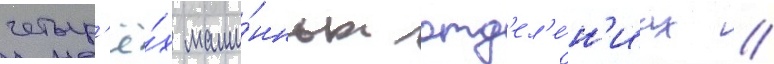
четыр'ё́х маши́нных отд'ел'е́н'иах /